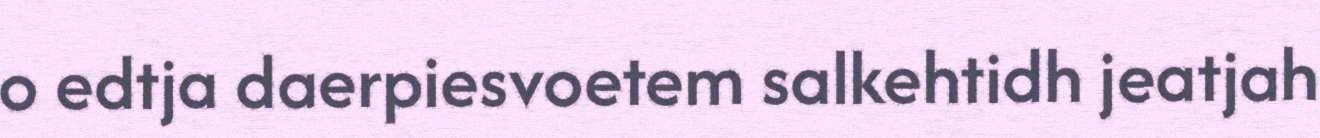
o edtja daerpiesvoetem salkehtidh jeatjah